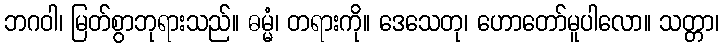
ဘဂဝါ၊ မြတ်စွာဘုရားသည်။ ဓမ္မံ၊ တရားကို။ ဒေသေတု၊ ဟောတော်မူပါလော။ သတ္တာ၊